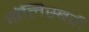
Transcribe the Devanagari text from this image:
सॅलिस्बरी